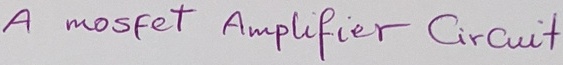
Text: A mosfet Amplifier Circuilt